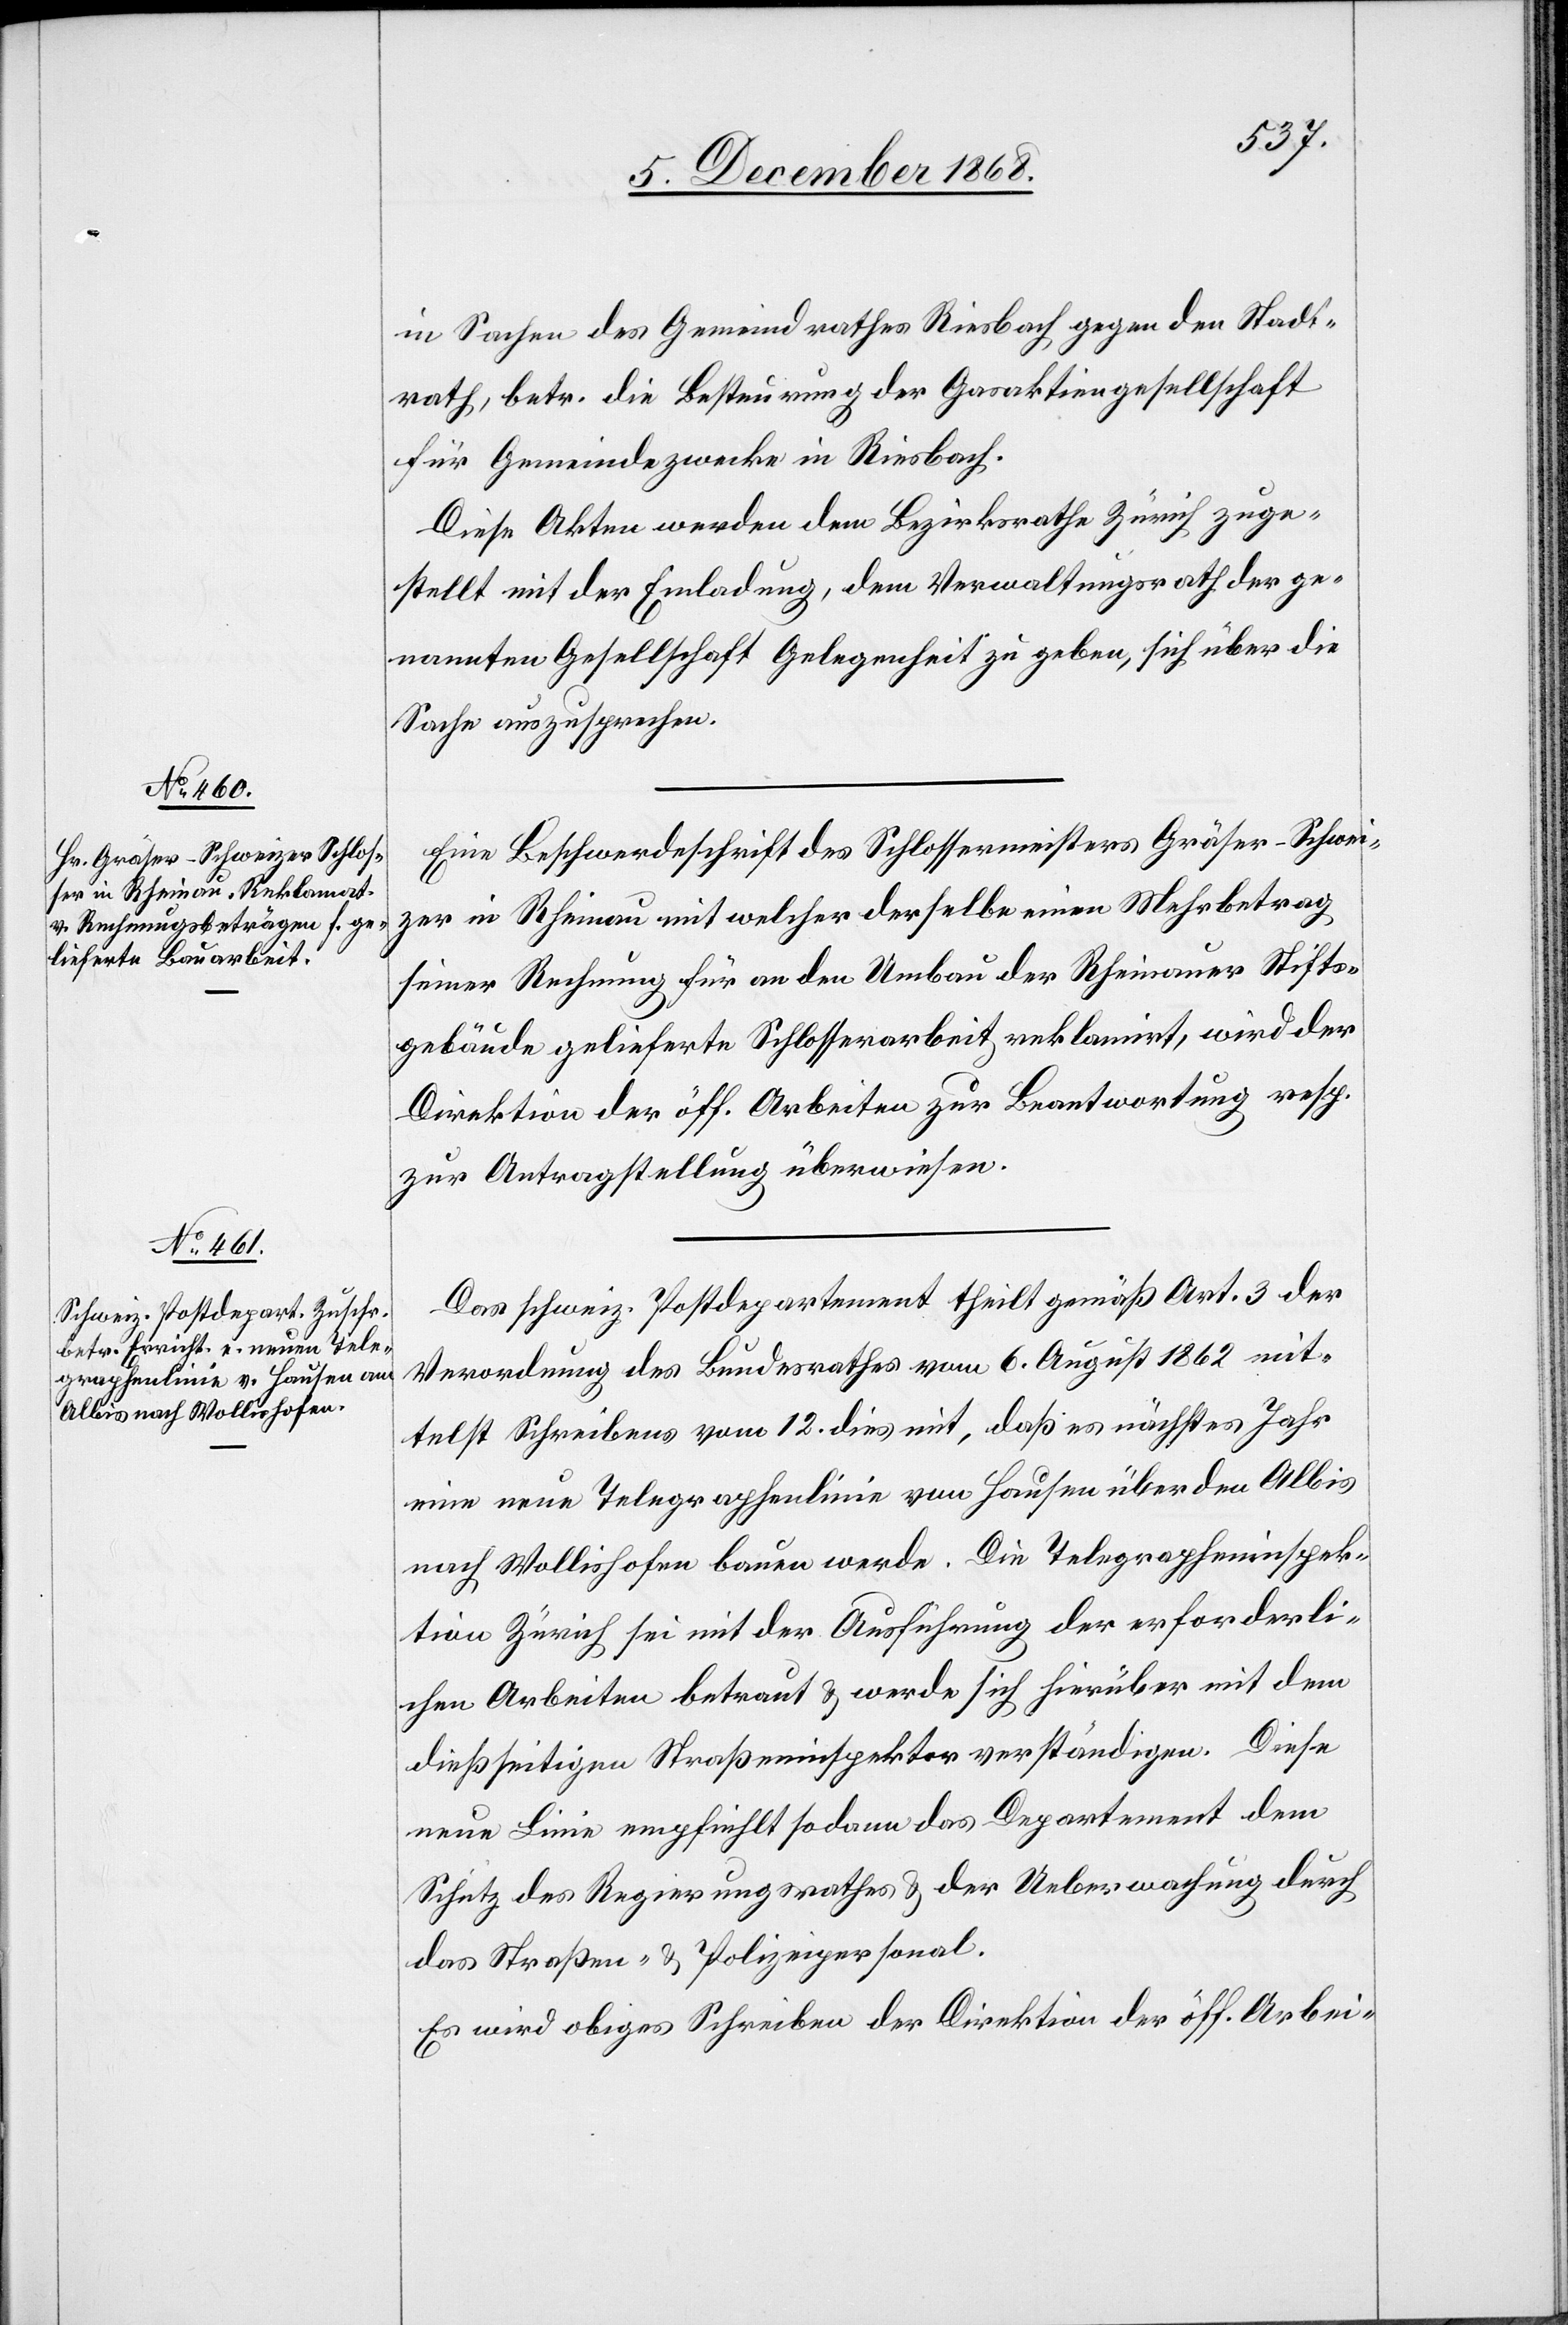
15. December 1868.]
in Sachen des Gemeindrathes Riesbach gegen den Stadt¬
rath, betr. die Besteurung der Gasaktiengesellschaft
für Gemeindezwecke in Riesbach.
Diese Akten werden dem Bezirksrathe Zürich zuge¬
stellt mit der Einladung, dem Verwaltungsrath der ge¬
nannten Gesellschaft Gelegenheit zu geben, sich über die
Sache auszusprechen.
Eine Beschwerdeschrift des Schlossermeisters Gräser-Schwei¬
zer in Rheinau mit welcher derselbe einen Mehrbetrag
seiner Rechnung für an den Umbau der Rheinauer Stifts¬
gebäude gelieferte Schlosserarbeit reklamirt, wird der
Direktion der öff. Arbeiten zur Beantwortung resp.
zur Antragstellung überwiesen.
Das schweiz. Postdepartement theilt gemäß Art. 3 der
Verordnung des Bundesrathes vom 6. August 1862 mit¬
telst Schreibens vom 12. dies mit, daß es nächstes Jahr
eine neue Telegraphenlinie von Hausen über den Albis
nach Wollishofen bauen werde. Die Telegrapheninspek¬
tion Zürich sei mit der Ausführung der erforderli¬
chen Arbeiten betraut & werde sich hierüber mit dem
dießseitigen Straßeninspektor verständigen. Diese
neue Linie empfiehlt sodann das Departement dem
Schutz des Regierungsrathes & der Ueberwachung durch
das Straßen- & Polizeipersonal.
Es wird obiges Schreiben der Direktion der öff. Arbei-